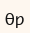
Өр